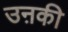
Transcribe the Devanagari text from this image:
उऩकी